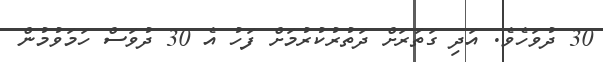
30 ދުވަހެވެ. އަދި ގަތަރަށް ދަތުރުކުރުމަށް ފަހު އެ 30 ދުވަސް ހަމަވުމުން